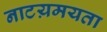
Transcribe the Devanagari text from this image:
नाटय़मयता